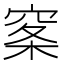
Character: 𰩏